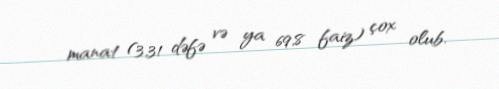
manat (3,31 dəfə və ya 69,8 faiz) çox olub.